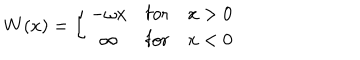
LaTeX: W ( x ) = \left\{ \begin{array} { c l l } { { - \omega x } } & { { \mathrm { f o r } } } & { { x > 0 } } \\ { { \infty } } & { { \mathrm { f o r } } } & { { x < 0 } } \\ \end{array} \right.